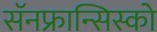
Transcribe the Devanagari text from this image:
सॅनफ्रान्सिस्को